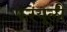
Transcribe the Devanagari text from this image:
फरयूली